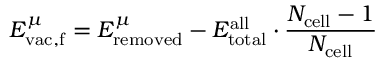
E _ { \mathrm { v a c , f } } ^ { \mu } = E _ { \mathrm { r e m o v e d } } ^ { \mu } - E _ { \mathrm { t o t a l } } ^ { \mathrm { a l l } } \cdot \frac { N _ { \mathrm { c e l l } } - 1 } { N _ { \mathrm { c e l l } } }